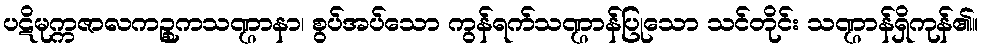
ပဋိမုက္ကဇာလကဉ္စုကသဏ္ဌာနာ၊ စွပ်အပ်သော ကွန်ရက်သဏ္ဌာန်ပြုသော သင်တိုင်း သဏ္ဌာန်ရှိကုန်၏။